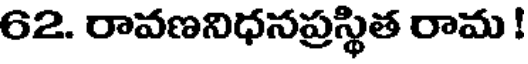
62. రావణనిధనప్రస్థిత రామ !